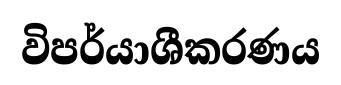
විපර්යාශීකරණය